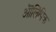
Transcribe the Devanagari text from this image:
ऒलिंपिक